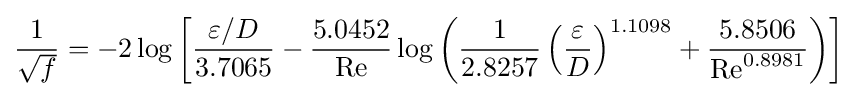
{\frac {1}{\sqrt {f}}}=-2\log \left[{\frac {\varepsilon /D}{3.7065}}-{\frac {5.0452}{\mathrm {Re} }}\log \left({\frac {1}{2.8257}}\left({\frac {\varepsilon }{D}}\right)^{1.1098}+{\frac {5.8506}{\mathrm {Re} ^{0.8981}}}\right)\right]